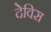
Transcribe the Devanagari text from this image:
देविस